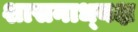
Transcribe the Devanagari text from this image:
शासनाध्‍यक्ष